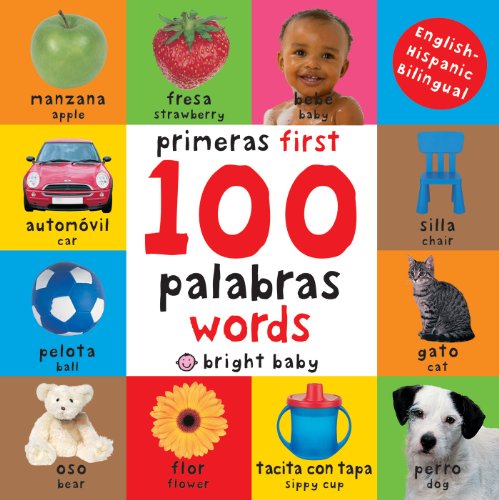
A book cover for First 100 Words Bilingual (Spanish Edition); Roger Priddy; Children's Books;